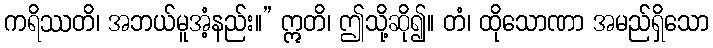
ကရိဿတိ၊ အဘယ်မူအံ့နည်း။” ဣတိ၊ ဤသို့ဆို၍။ တံ၊ ထိုသောဏာ အမည်ရှိသော